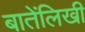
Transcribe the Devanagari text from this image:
बातेंलिखी